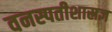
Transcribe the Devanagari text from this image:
वनस्पतीशास्रज्ञ